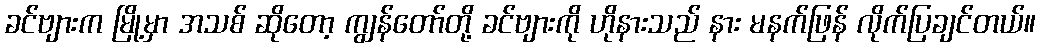
ခင်ဗျားက မြို့မှာ အသစ် ဆိုတော့ ကျွန်တော်တို့ ခင်ဗျားကို ဟိုနားသည် နား မနက်ဖြန် လိုက်ပြချင်တယ်။